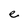
Character: e